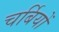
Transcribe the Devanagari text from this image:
चर्बियों